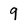
Character: 9